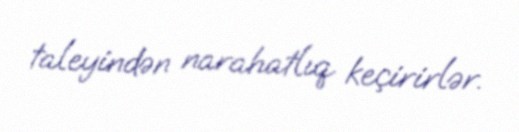
taleyindən narahatlıq keçirirlər.